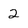
Character: 2